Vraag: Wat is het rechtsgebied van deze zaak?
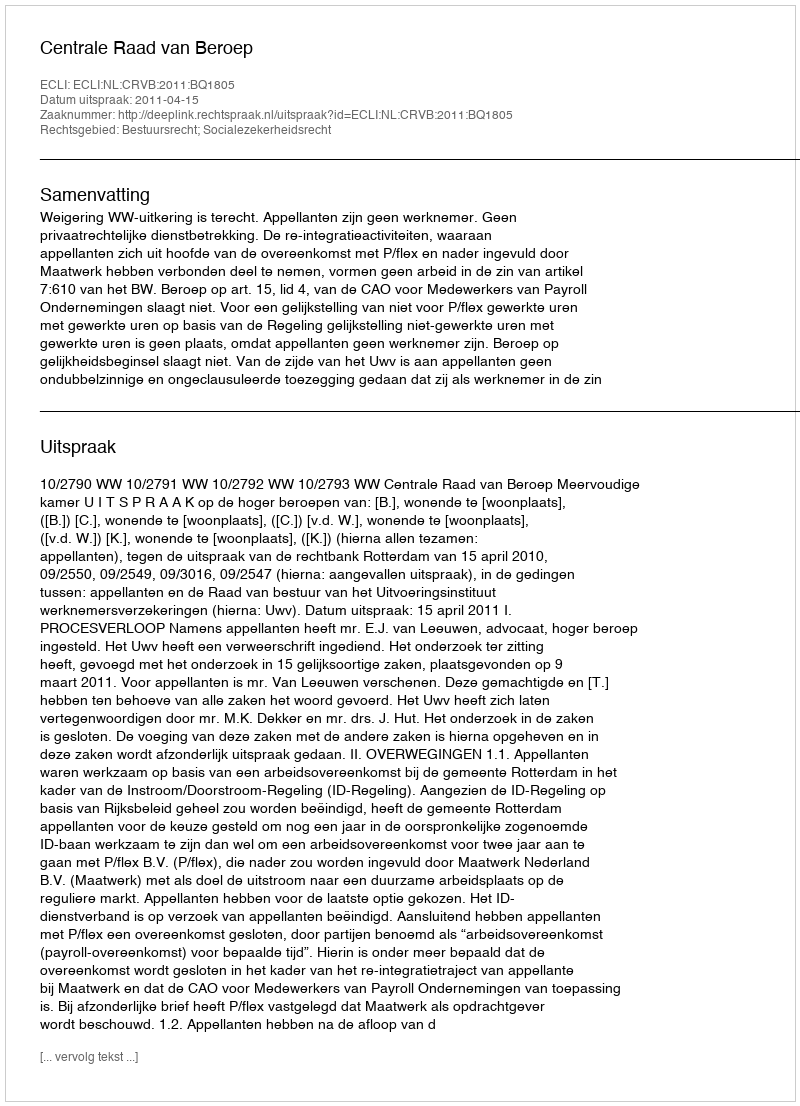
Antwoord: Bestuursrecht; Socialezekerheidsrecht